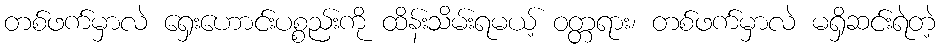
တစ်ဖက်မှာလဲ ရှေးဟောင်းပစ္စည်းကို ထိန်းသိမ်းရမယ့် ဝတ္တရား၊ တစ်ဖက်မှာလဲ မရှိဆင်းရဲတဲ့